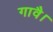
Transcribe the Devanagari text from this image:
गावै।